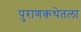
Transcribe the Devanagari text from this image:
पुराणकथेतला